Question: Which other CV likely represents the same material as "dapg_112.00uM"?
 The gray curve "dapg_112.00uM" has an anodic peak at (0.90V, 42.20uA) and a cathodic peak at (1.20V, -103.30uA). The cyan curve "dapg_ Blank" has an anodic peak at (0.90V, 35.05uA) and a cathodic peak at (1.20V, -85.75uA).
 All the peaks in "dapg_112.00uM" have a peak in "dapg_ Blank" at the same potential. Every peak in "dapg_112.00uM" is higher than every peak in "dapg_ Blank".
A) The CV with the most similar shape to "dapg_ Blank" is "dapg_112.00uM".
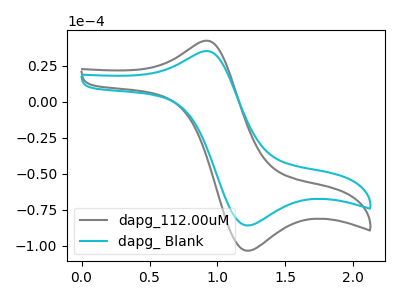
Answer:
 <answer>A) The CV with the most similar shape to "dapg_ Blank" is "dapg_112.00uM".</answer>
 <eval>A</eval>